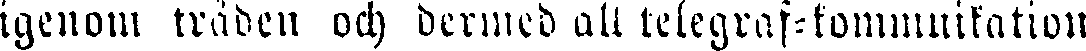
igenom tråden och dermed all telegraf-kommunikation